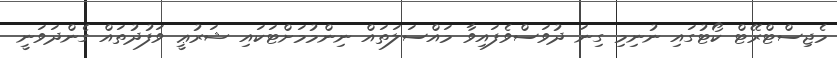
މެޖިސްޓްރޭޓް ކޯޓުގައި ނުނިމި ގިނަ ދުވަސްވެފައިވާ މައްސަލަތައް ނިންމުމަށްޓަކައި ޝަރުޢީ ވަފުދުތައް ގެންދަވަނީ